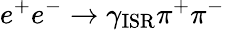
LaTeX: e^{+}e^{-}\to\gamma_{\mathrm{ISR}}\pi^{+}\pi^{-}